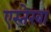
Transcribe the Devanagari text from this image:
एस्तेरबा